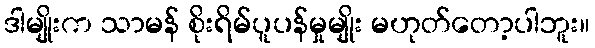
ဒါမျိုးက သာမန် စိုးရိမ်ပူပန်မှုမျိုး မဟုတ်တော့ပါဘူး။